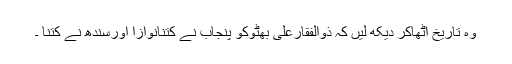
وہ تاریخ اُٹھاکر دیکھ لیں کہ ذوالفقارعلی بھٹوکو پنجاب نے کتنانوازا اورسندھ نے کتنا ۔